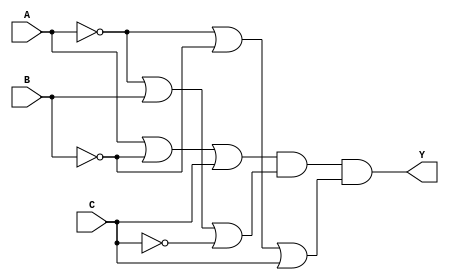
module product_of_sums (
    input wire A,       // Input variable A
    input wire B,       // Input variable B
    input wire C,       // Input variable C
    output wire Y       // Output signal Y
);

// Sum terms
wire sum_term1; // (A + B' + C)
wire sum_term2; // (A' + B + C')
wire sum_term3; // (A' + B' + C)

// Implementing the sum terms using OR gates
assign sum_term1 = A | (~B) | C;  // A + B' + C
assign sum_term2 = (~A) | B | (~C); // A' + B + C'
assign sum_term3 = (~A) | (~B) | C; // A' + B' + C

// Product term using AND gate
assign Y = sum_term1 & sum_term2 & sum_term3; // Final output Y = (sum_term1) * (sum_term2) * (sum_term3)

endmodule